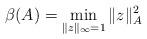
LaTeX: \begin{align*} \beta(A)=\min\limits_{\|z\|_{\infty}=1} \|z\|^{2}_A\end{align*}